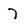
Character: 7